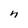
Character: n